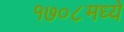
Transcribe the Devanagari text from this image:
१७०८मध्ये